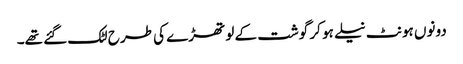
دونوں ہونٹ نیلے ہو کر گوشت کے لو تھڑے کی طرح لٹک گئے تھے۔